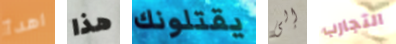
اهدأ هذا يقتلونك إلى التجارب